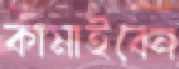
কামাইবেন